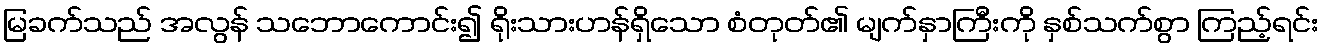
မြခက်သည် အလွန် သဘောကောင်း၍ ရိုးသားဟန်ရှိသော စံတုတ်၏ မျက်နှာကြီးကို နှစ်သက်စွာ ကြည့်ရင်း